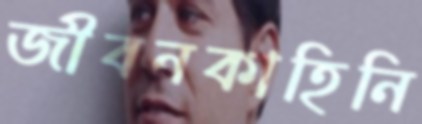
জীবনকাহিনি